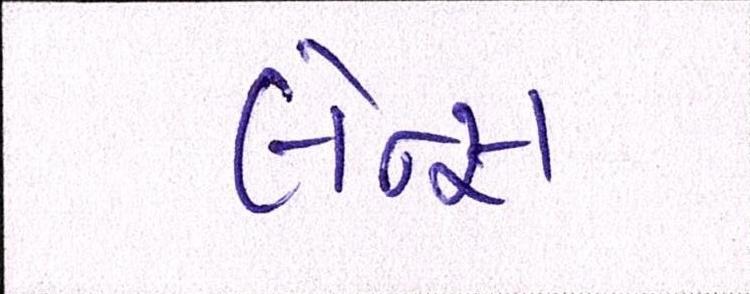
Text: લેન્સ